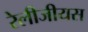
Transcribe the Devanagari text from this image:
रेलीजीयस